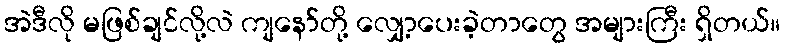
အဲဒီလို မဖြစ်ချင်လို့လဲ ကျနော်တို့ လျှော့ပေးခဲ့တာတွေ အများကြီး ရှိတယ်။